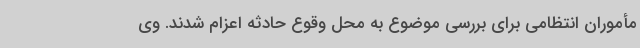
مأموران انتظامی برای بررسی موضوع به محل وقوع حادثه اعزام شدند. وی